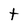
Character: t